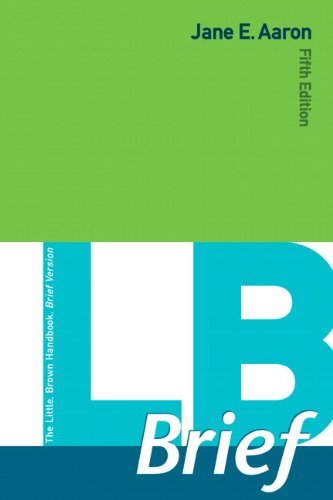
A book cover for LB Brief (5th Edition); Jane E. Aaron; Reference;